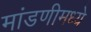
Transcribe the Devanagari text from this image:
मांडणीमध्ये